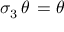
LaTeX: \sigma _ { 3 } \, \theta \, = \theta